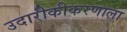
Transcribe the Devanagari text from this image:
उदारीकीकरणाला